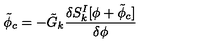
{ \tilde { \phi } } _ { c } = - { \tilde { G } } _ { k } { \frac { \delta S _ { k } ^ { I } [ \phi + { \tilde { \phi } _ { c } } ] } { \delta \phi } }